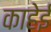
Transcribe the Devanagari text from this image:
काहेई